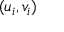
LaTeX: ( u _ { i } , v _ { i } )